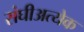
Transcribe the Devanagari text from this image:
संघीअत्येक